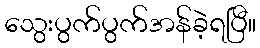
သွေးပွက်ပွက်အန်ခဲ့ရပြီ။